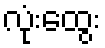
လုံးထွေး